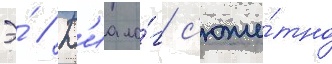
Э́ // Д'иало́г с'юже́тно